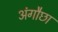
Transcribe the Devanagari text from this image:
अंगौछा